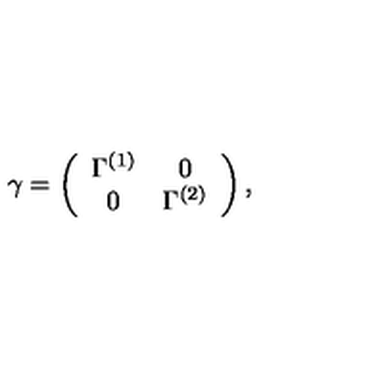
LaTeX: \gamma = \left( \begin{array} { c c } { \Gamma ^ { ( 1 ) } } & { 0 } \\ { 0 } & { \Gamma ^ { ( 2 ) } } \\ \end{array} \right) ,